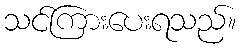
သင်ကြားပေးရသည်။